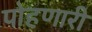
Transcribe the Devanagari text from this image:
पोहणारी